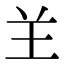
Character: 𦍌